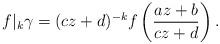
LaTeX: \begin{align*} f |_{k} \gamma = (cz+d)^{-k} f\left(\frac{az+b}{cz+d}\right).\end{align*}